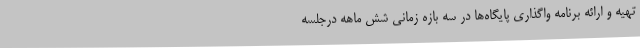
تهیه و ارائه برنامه واگذاری پایگاه‌ها در سه بازه زمانی شش ماهه درجلسه